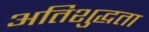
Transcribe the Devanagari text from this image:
अतिशुद्धता